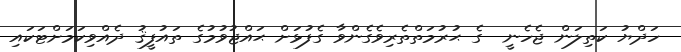
ހަދްޔު ކަތިލަން ޖެހެނީ  ގެ ޙުރުމަތްތެރިވެގެންވާ ގެފުޅަށް ޙައްޖުވުމުގެ ތައުފީޤު ދެއްވިކަމަށްޓަކައި